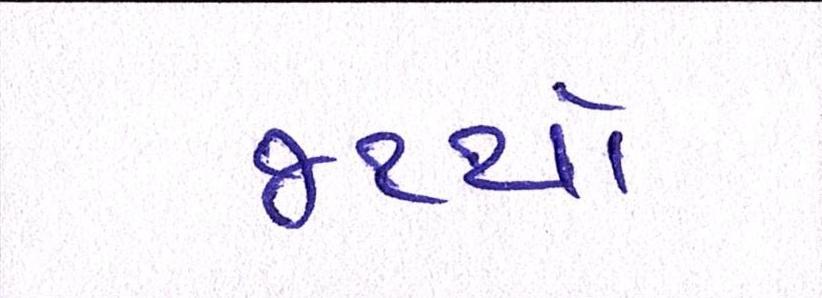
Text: જથ્થો